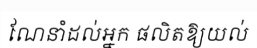
ណែនាំដល់អ្នក ផលិតឱ្យយល់